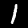
Digit: 1